Torma_(Votikvere)_vallavalitsus, lk 117
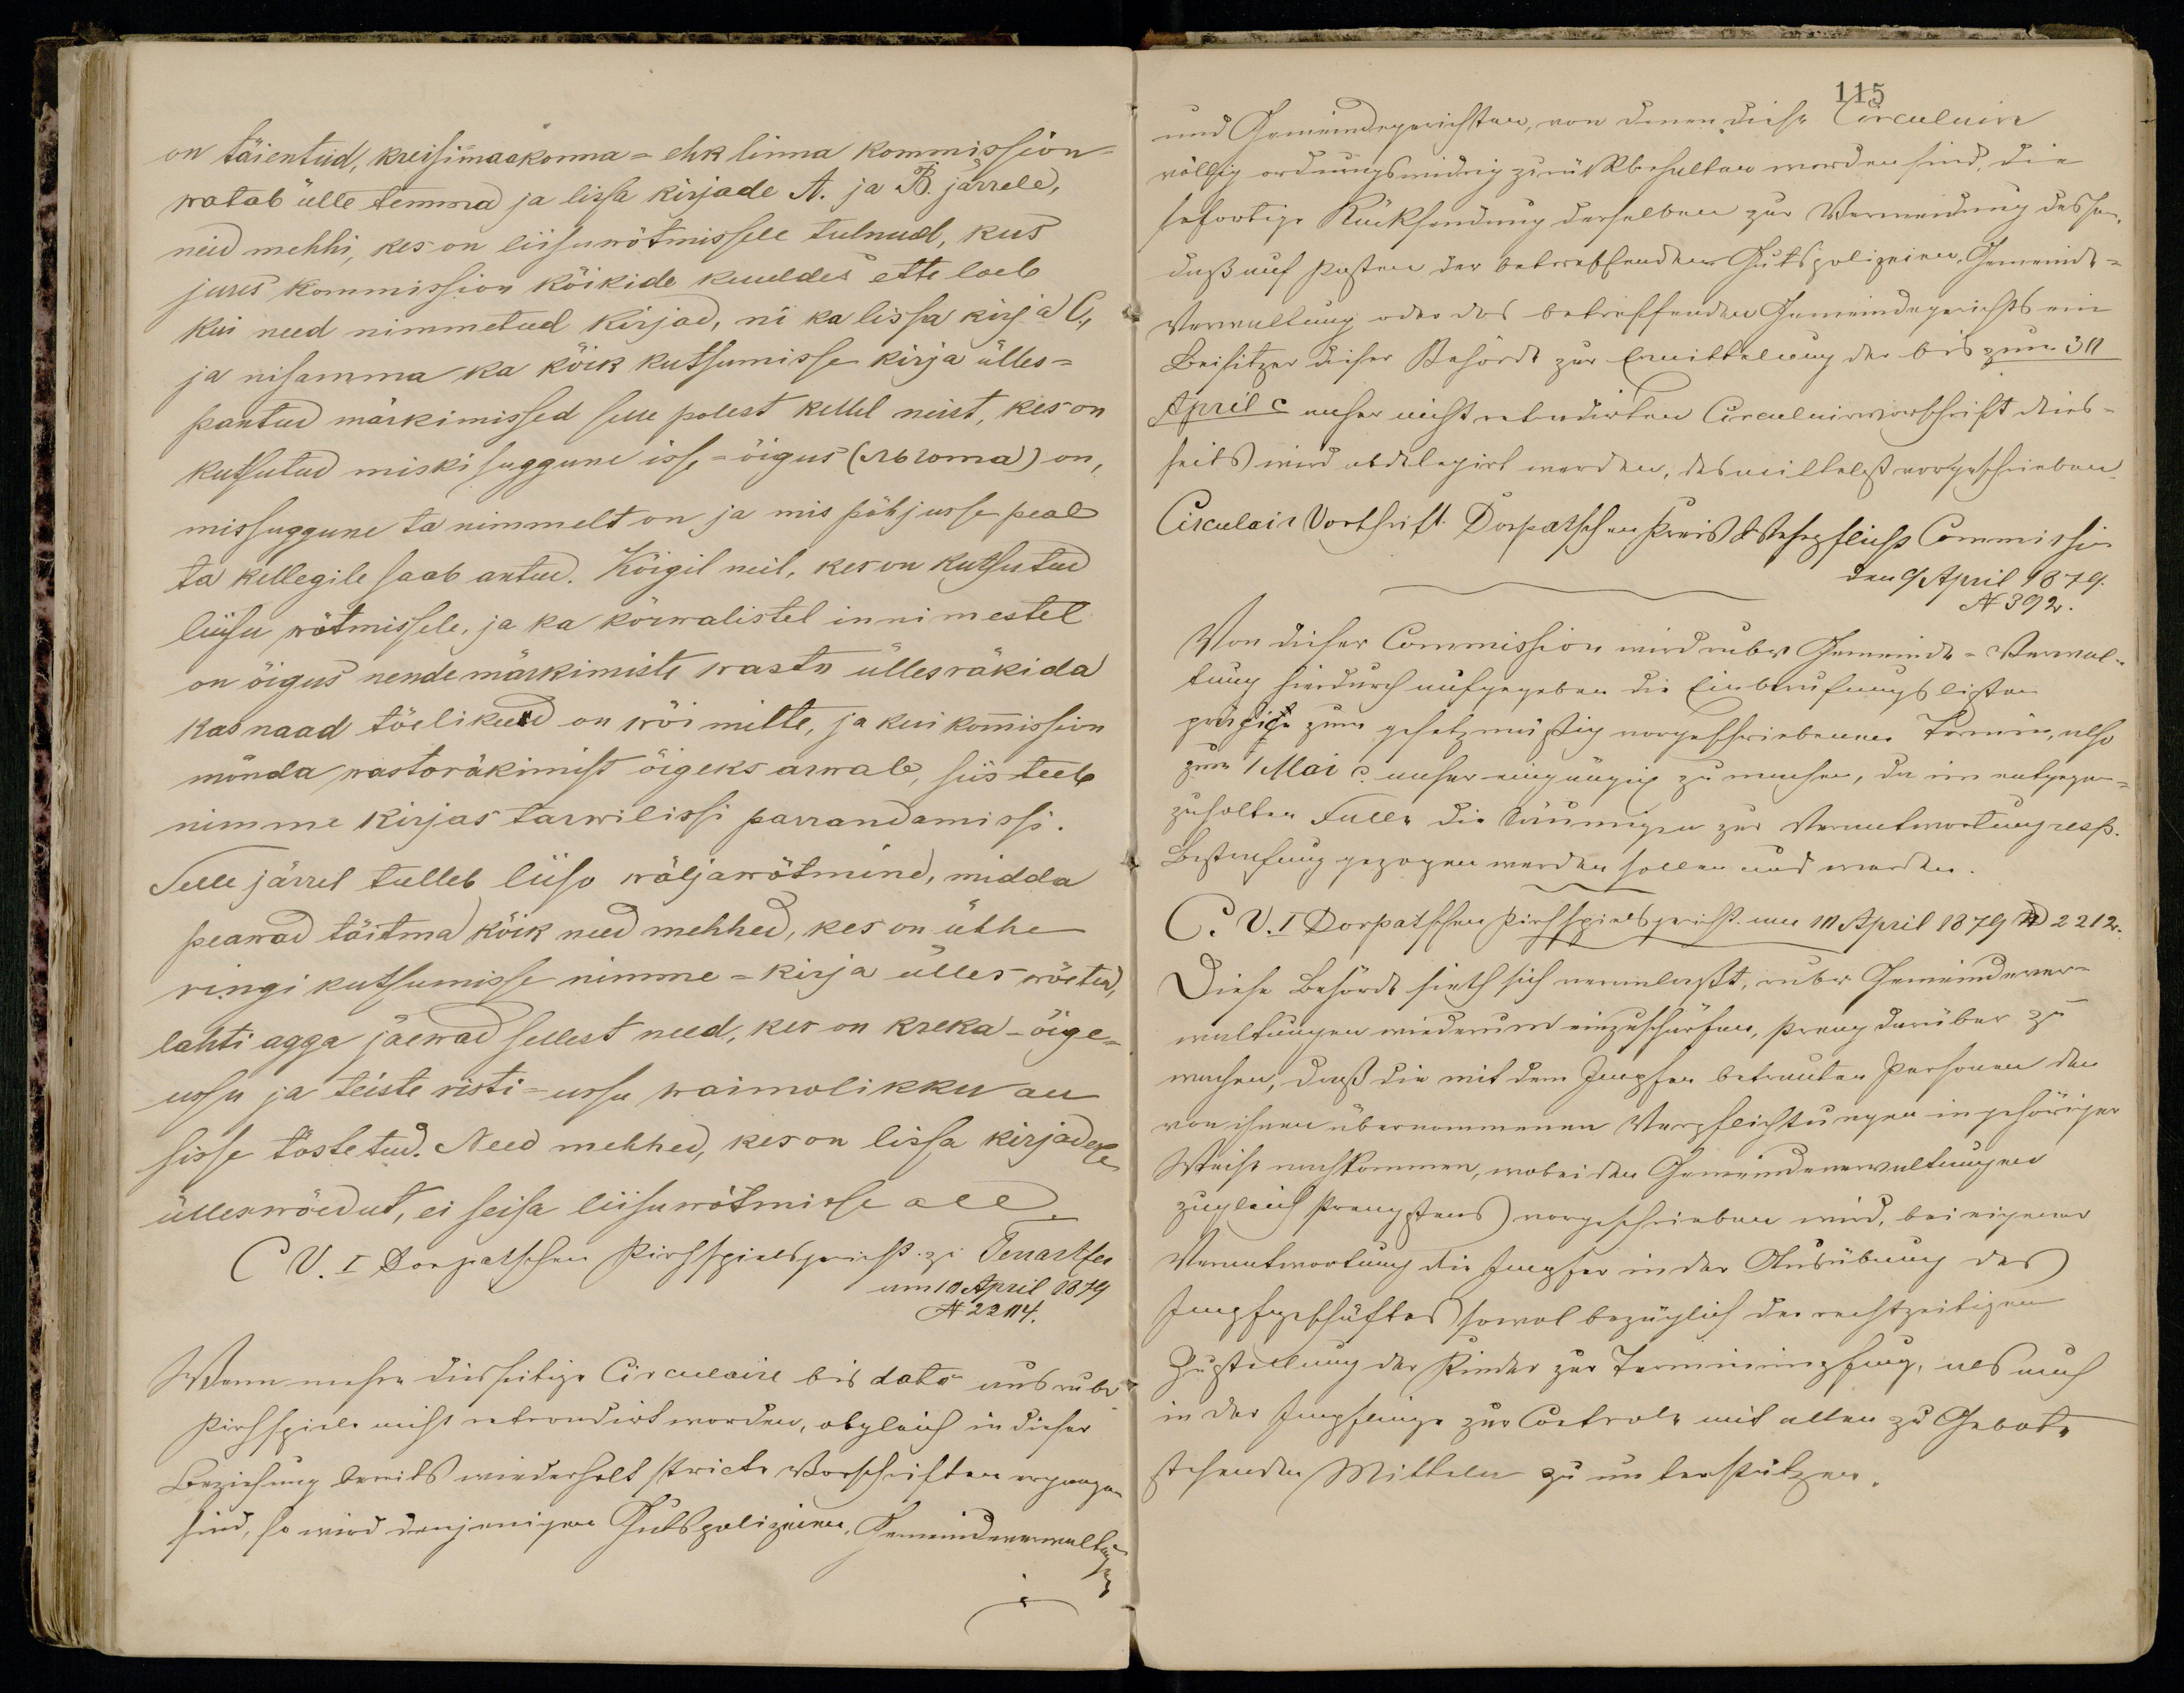
on täientud, kreisimaakonna - ehk linna kommission
watab ülle temma ja lissa kirjade A. ja B. järrele,
neid mehhi, kes on liisuwõtmissele tulnud, kus
jures kommission kõikide kuuldes ette loeb
Kui need nimmetud kirjad, ni ka lissa kirja C.,
ja nisamma ka kõik kutsumisse kirja ülles-
pantud märkimissed selle polest kellel neist, kes on
kutsutud miski suggune isse-õigus (льгота) on,
missuggune ta nimmelt on ja mis põhjusse peal
ta kellegile saab antud. Kõigil neil, kes on kutsutud
liisu wõtmissele, ja ka kõrwalistel innimestel
on õigus nende märkimiste wastu üllesräkida
kas naad tõelikud on wõi mitte, ja kui kommission
mõnda, wastoräkimist õigeks arwab, siis teeb
nimme kirjas tarwilissi parrandamissi.
Selle järrel tulleb liiso wäljawõtmine, midda
peawad täitma kõik need mehhed, kes on ühhe
ringi kutsumisse nimme-kirja ülles wõetud,
lahti agga jäewad sellest need, kes on kreka-õige
ussu ja teiste risti-ussu waimolikku au
sisse tõstetud. Need mehhed, kes on lissa kirjades
ülleswõedut, ei seisa liisuwõtmisse all.